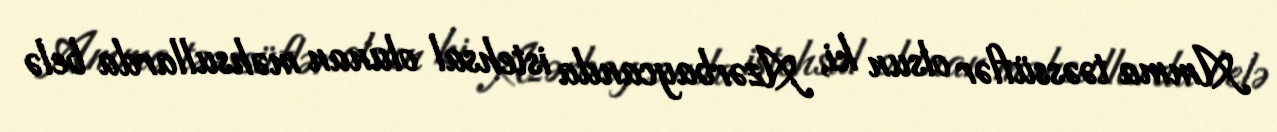
Amma təəssüflər olsun ki, Azərbaycanda istehsal olunan məhsullarda belə